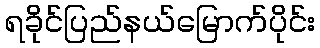
ရခိုင်ပြည်နယ်မြောက်ပိုင်း